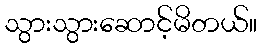
သွားသွားဆောင့်မိတယ်။